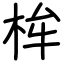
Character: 桙